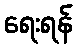
ရေးရန်